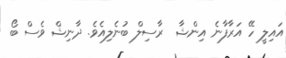
އައިލީ ހޭ އަރާފާނެ އިންޝާ  ރާސިލް ބުނެލިއެވެ. ދާނިޝް ވެސް ބޯ